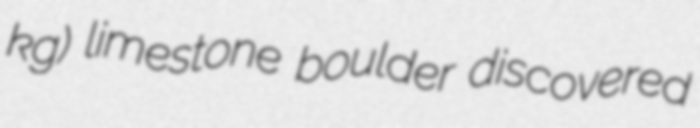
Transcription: kg) limestone boulder discovered